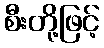
စီးတို့ဖြင့်